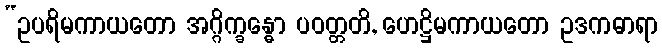
“ဥပရိမကာယတော အဂ္ဂိက္ခန္ဓော ပဝတ္တတိ, ဟေဋ္ဌိမကာယတော ဥဒကဓာရာ